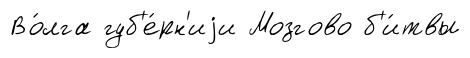
Во́лга губ'е́рн'иjи Мозгово б'и́твы